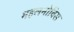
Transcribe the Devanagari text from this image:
महलनोबिस